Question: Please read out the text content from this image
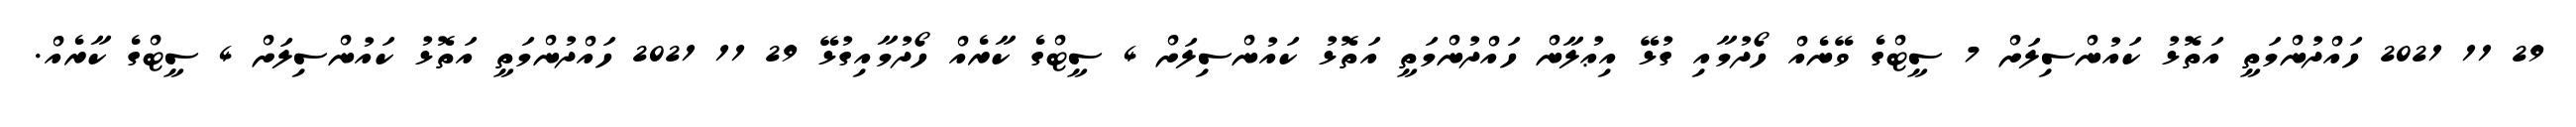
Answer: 29 11 2021 ހައްދުންމަތީ އަތޮޅު ކައުންސިލަށް 7 ސީޓްގެ ވޭނެއް ހޯދުމާއި ގުޅޭ އިޢުލާން ހައްދުންމަތީ އަތޮޅު ކައުންސިލަށް 4 ސީޓްގެ ކާރެއް ހޯދުމާއިގުޅޭ 29 11 2021 ހައްދުންމަތީ އަތޮޅު ކައުންސިލަށް 4 ސީޓްގެ ކާރެއް.